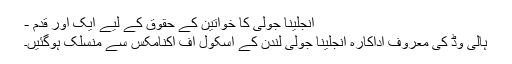
انجلینا جولی کا خواتین کے حقوق کے لیے ایک اور قدم -
ہالی وڈ کی معروف اداکارہ انجلینا جولی لندن کے اسکول آف اکنامکس سے منسلک ہوگئیں۔